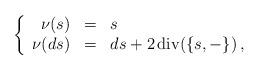
LaTeX: \begin{align*} \left\{ \begin{array}{rcl} \nu(s) & = & s \\ \nu(ds) & = & ds + 2\,\mathrm{div}(\{s,-\})\,, \end{array} \right. \end{align*}